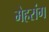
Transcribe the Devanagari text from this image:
मेहरांग